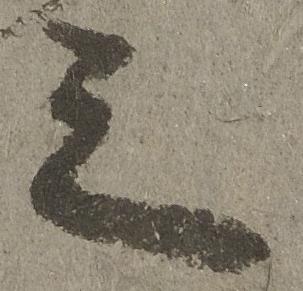
之